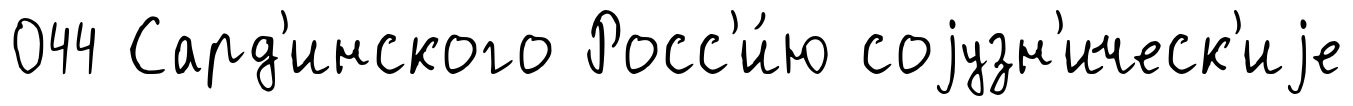
044 Сард'инского Росс'и́ю соjузн'ическ'иjе